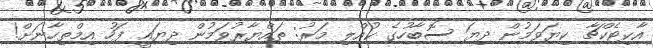
އާކިޓެކްޗާ ކިޔަވަމުން ދިޔަ ސޮބާހުގެ ކުއްލި މަރު: ތައްޔާރުވަމުން ދިޔައީ ފަހު އިމްތިހާނަށް!